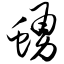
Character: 蛹